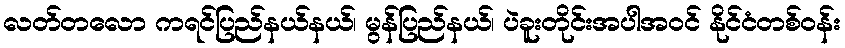
လတ်တလော ကရင်ပြည်နယ်နယ်၊ မွန်ပြည်နယ်၊ ပဲခူးတိုင်းအပါအဝင် နိုင်ငံတစ်ဝန်း